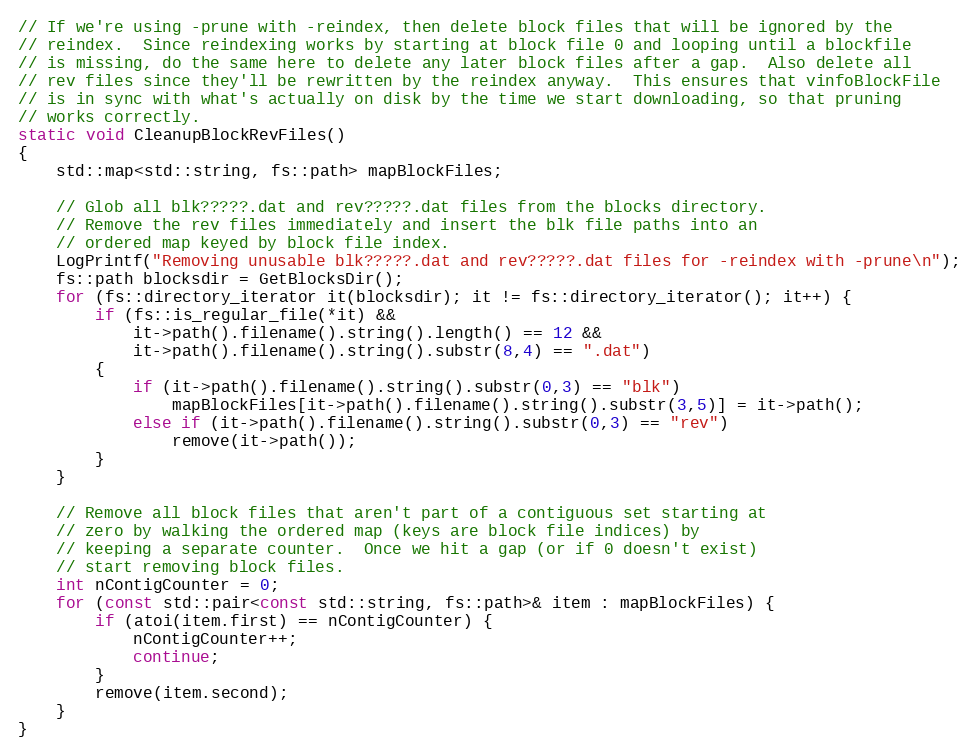
Language: C++
// If we're using -prune with -reindex, then delete block files that will be ignored by the
// reindex.  Since reindexing works by starting at block file 0 and looping until a blockfile
// is missing, do the same here to delete any later block files after a gap.  Also delete all
// rev files since they'll be rewritten by the reindex anyway.  This ensures that vinfoBlockFile
// is in sync with what's actually on disk by the time we start downloading, so that pruning
// works correctly.
static void CleanupBlockRevFiles()
{
    std::map<std::string, fs::path> mapBlockFiles;

    // Glob all blk?????.dat and rev?????.dat files from the blocks directory.
    // Remove the rev files immediately and insert the blk file paths into an
    // ordered map keyed by block file index.
    LogPrintf("Removing unusable blk?????.dat and rev?????.dat files for -reindex with -prune\n");
    fs::path blocksdir = GetBlocksDir();
    for (fs::directory_iterator it(blocksdir); it != fs::directory_iterator(); it++) {
        if (fs::is_regular_file(*it) &&
            it->path().filename().string().length() == 12 &&
            it->path().filename().string().substr(8,4) == ".dat")
        {
            if (it->path().filename().string().substr(0,3) == "blk")
                mapBlockFiles[it->path().filename().string().substr(3,5)] = it->path();
            else if (it->path().filename().string().substr(0,3) == "rev")
                remove(it->path());
        }
    }

    // Remove all block files that aren't part of a contiguous set starting at
    // zero by walking the ordered map (keys are block file indices) by
    // keeping a separate counter.  Once we hit a gap (or if 0 doesn't exist)
    // start removing block files.
    int nContigCounter = 0;
    for (const std::pair<const std::string, fs::path>& item : mapBlockFiles) {
        if (atoi(item.first) == nContigCounter) {
            nContigCounter++;
            continue;
        }
        remove(item.second);
    }
}